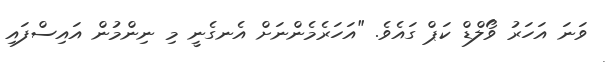
ވަނަ އަހަރު ވޯލްޑް ކަޕް ގައެވެ. "އަހަރެމެންނަށް އެނގެނީ މި ނިންމުން އައިސްފައި